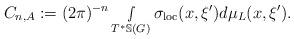
LaTeX: \begin{align*} C_{n,A}:= (2\pi)^{-n} \smallint\limits_{T^*\mathbb{S}(G)}\sigma_{\textnormal{loc}}(x,\xi')d\mu_L(x,\xi').\end{align*}